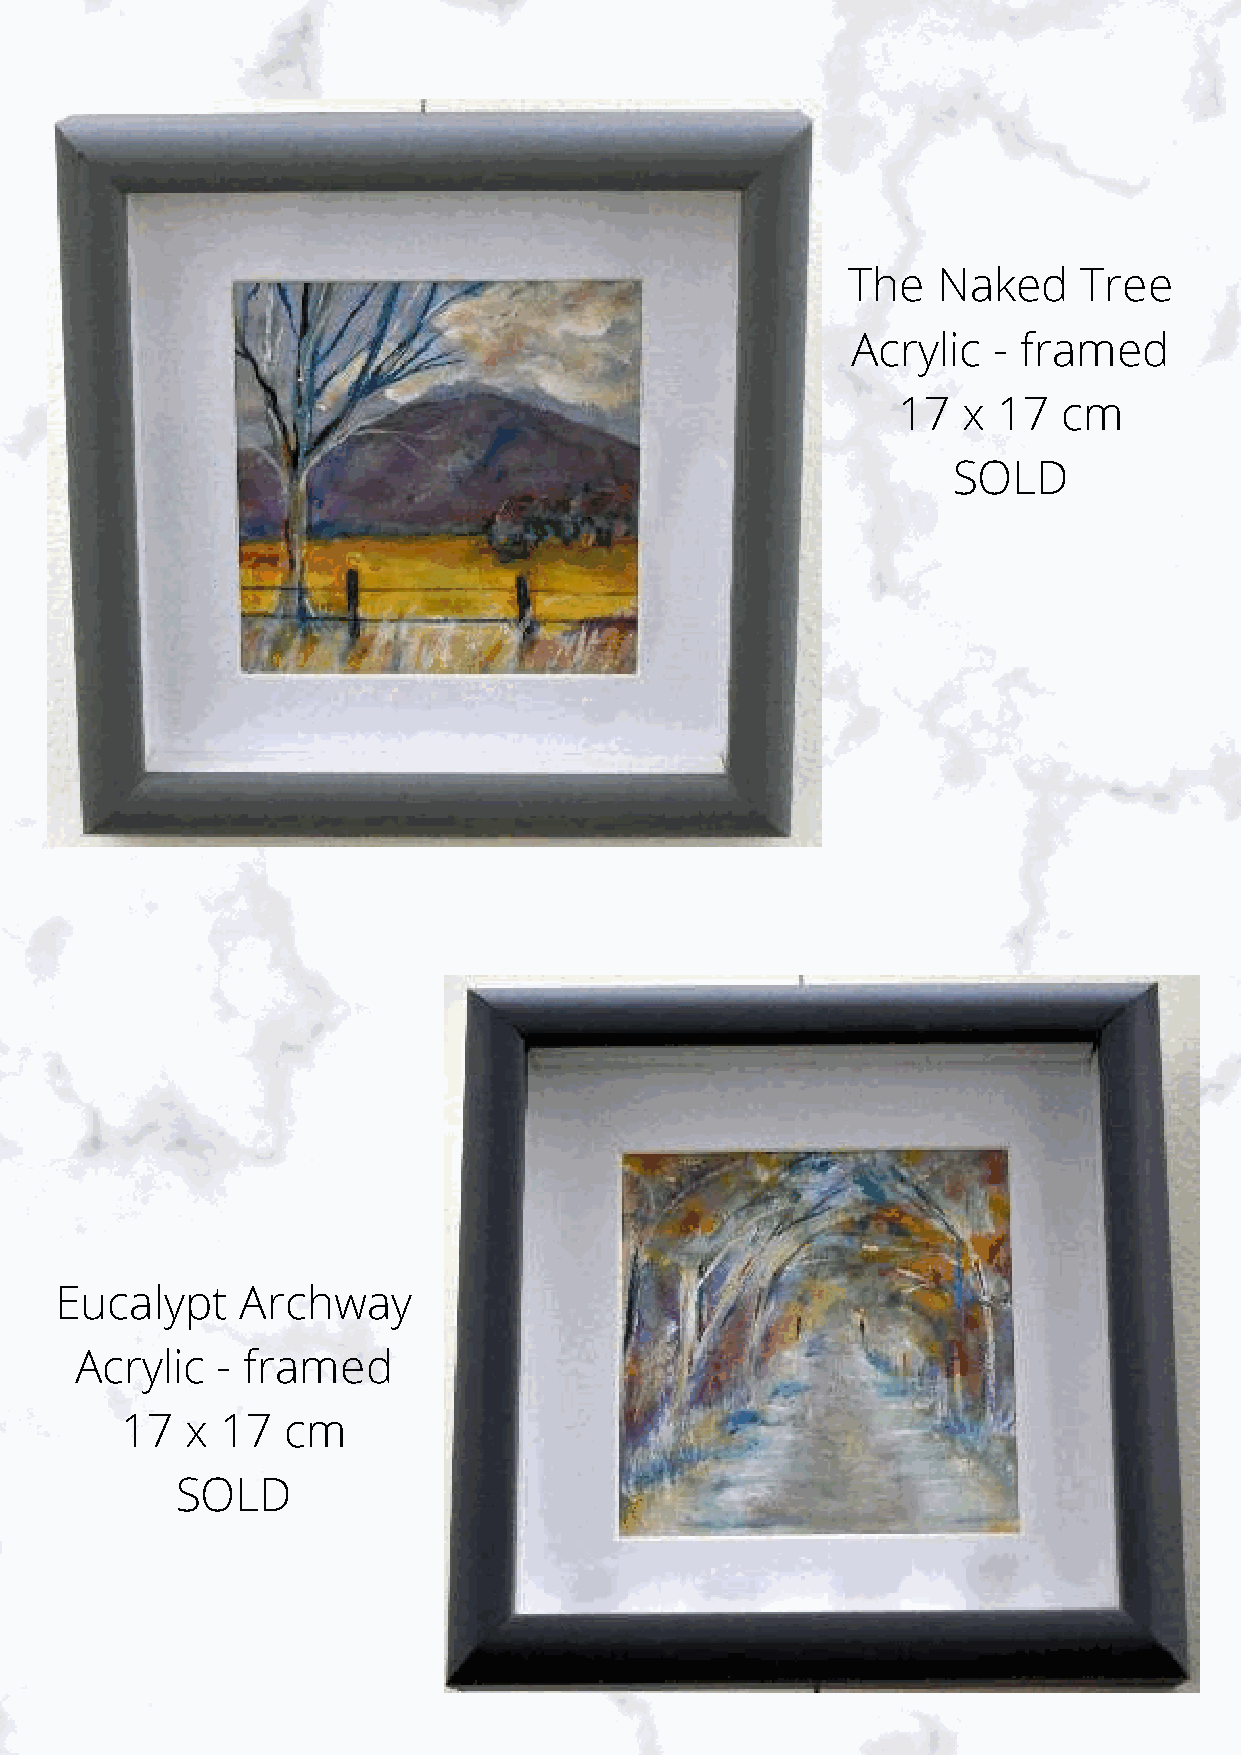
The   Naked     Tree
 Acrylic   - framed
 17   x 17  cm
 SOLD
 Eucalypt    Archway
 Acrylic  - framed
 17  x  17  cm
 SOLD